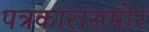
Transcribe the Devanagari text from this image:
पत्रकारांसमोर